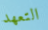
التعهد